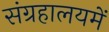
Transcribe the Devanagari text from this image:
संग्रहालयमें